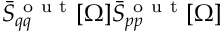
\Bar { S } _ { q q } ^ { \mathrm { ~ o ~ u ~ t ~ } } [ \Omega ] \Bar { S } _ { p p } ^ { \mathrm { ~ o ~ u ~ t ~ } } [ \Omega ]